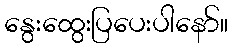
နွေးထွေးပြပေးပါနော်။